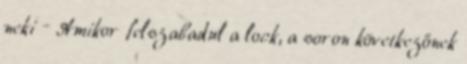
neki – Amikor felszabadul a lock, a soron következőnek